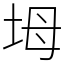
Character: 坶